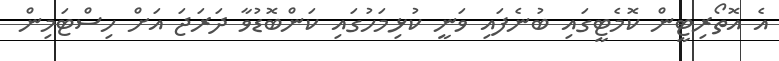
އެ އޮތޯރިޓީން ކޮމެޓީގައި ބުނެފައި ވަނީ ކުޅިމަހުގައި ކަންބޮޑުވާ ދަރަޖަ އަށް ހިސްޓަމިން